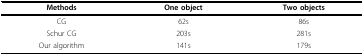
| Methods | One object | Two objects |
 | --- | --- | --- |
 | CG | 62s | 86s |
 | Schur CG | 203s | 281s |
 | Our algorithm | 141s | 179s |